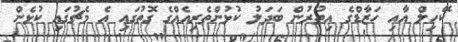
ކޭހިލް އާއި ހަޒާޑްގެ އިތުރުން ބަދަލު ކުޅުންތެރިއެއްގެ ގޮތުގައި އެ މެޗުގައި ކުޅެން